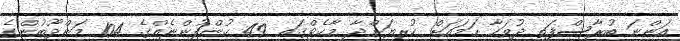
އަންނަ ބުރާސްފަތި ދުވަހާ ހަމައަށް ކުރިޔަށްދާ މާކެޓްގައި 49 ކުންފުންޏެއްގެ 104 މަންދޫބުންގެ